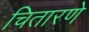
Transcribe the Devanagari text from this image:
चितारणे